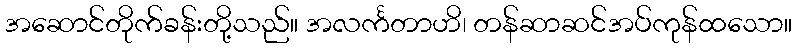
အဆောင်တိုက်ခန်းတို့သည်။ အလင်္ကတာဟိ၊ တန်ဆာဆင်အပ်ကုန်ထသော။